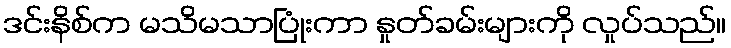
ဒင်းနိစ်က မသိမသာပြုံးကာ နှုတ်ခမ်းများကို လှုပ်သည်။